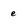
Character: e